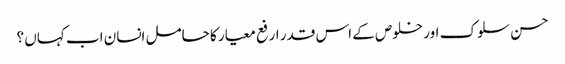
حسن سلوک اور خلوص کے اس قدر ارفع معیار کا حامل انسان اب کہاں ؟